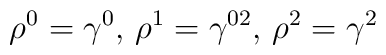
\rho^0 =\gamma^0,\, \rho^1 =\gamma^{02}, \, \rho^2 = \gamma^2